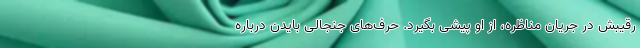
رقیبش در جریان مناظره، از او پیشی بگیرد. حرف‌های جنجالی بایدن درباره